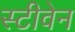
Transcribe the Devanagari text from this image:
स्‍टीवेन